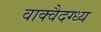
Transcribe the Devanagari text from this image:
वाक्वैदग्ध्य